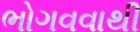
ભોગવવાથી